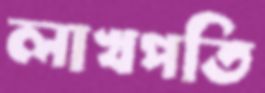
লাখপতি